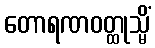
တောရဏဝတ္ထုသ္မိံ